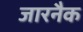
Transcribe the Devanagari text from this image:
जारनैक